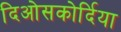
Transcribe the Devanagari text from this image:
दिओसकोर्दिया